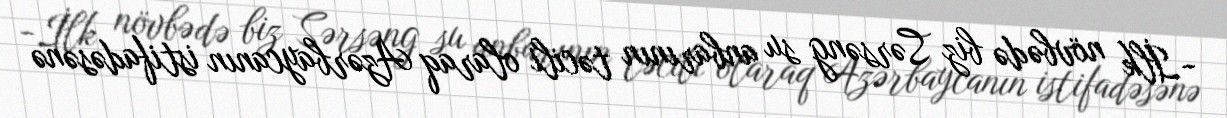
-İlk növbədə biz Sərsəng su anbarının təcili olaraq Azərbaycanın istifadəsənə